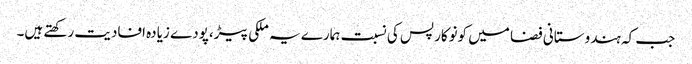
جب کہ ہندوستانی فضا میں کونوکارپس کی نسبت ہمارے یہ ملکی پیڑ،پودے زیادہ افادیت رکھتے ہیں۔